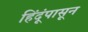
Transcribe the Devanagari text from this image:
हिंदूंपासून